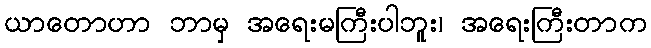
ယာတောဟာ ဘာမှ အရေးမကြီးပါဘူး၊ အရေးကြီးတာက